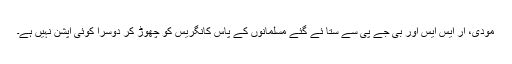
مودی، آر ایس ایس اور بی جے پی سے ستا ئے گئے مسلمانوں کے پاس کانگریس کو چھوڑ کر دوسرا کوئی آپشن نہیں ہے۔